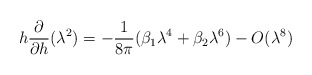
\begin{align*}h\frac{\partial }{\partial h}(\lambda ^{2})=-\frac{1}{8\pi }(\beta_{1}\lambda ^{4}+\beta _{2}\lambda ^{6})-O(\lambda ^{8}) \end{align*}